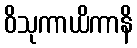
ဝိသုကာယိကာနိ